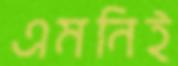
এমনিই